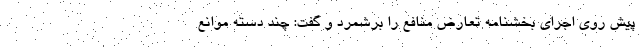
پیش روی اجرای بخشنامه تعارض منافع را برشمرد و گفت: چند دسته موانع